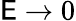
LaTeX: \mathsf{E}\to0